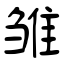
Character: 雏